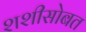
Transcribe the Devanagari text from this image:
शशीसोबत